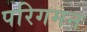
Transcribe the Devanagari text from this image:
परिगमन